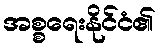
အစ္စရေးနိုင်ငံ၏